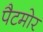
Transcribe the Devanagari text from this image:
पैटमोर